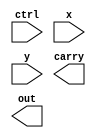
//RTL (use continuous assignment)
module alu_rtl(
    ctrl,
    x,
    y,
    carry,
    out  
);
    
    input  [3:0] ctrl;
    input  [7:0] x;
    input  [7:0] y;
    output       carry;
    output [7:0] out;
    

endmodule